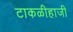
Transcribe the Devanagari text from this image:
टाकळीहाजी